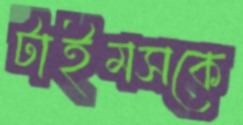
টাইমসকে